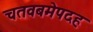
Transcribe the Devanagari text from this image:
चतवबमेपदह